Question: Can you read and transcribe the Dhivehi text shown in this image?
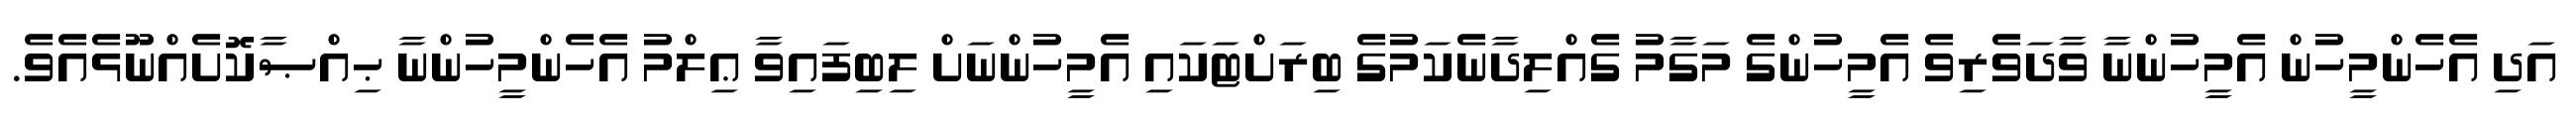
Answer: އަދި އެހެންމީހުން އެމީހުންނާ ވާދަވެރިވެ އެމީހުންގެ މަގާމު ގެއްލިދާނެކަމުގެ ބިރަށްޓަކައި އެމީހުންނަށް ލިބިފައިވާ ޢިލްމު އެހެންމީހުންނާ ޙިއްޞާކޮށެއްނޫޅެއެވެ.